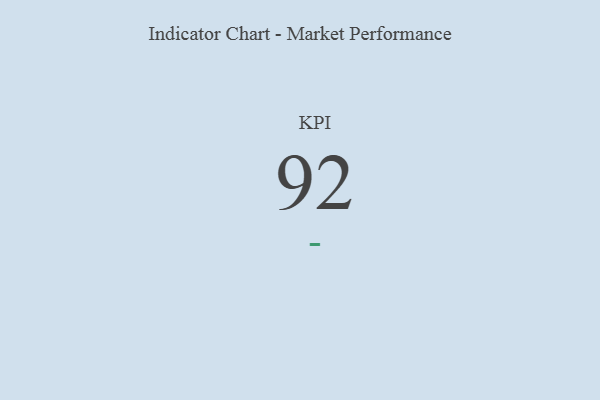
{"axis": {"x": "KPI", "y": "Value"}, "legend": [""], "data": [{"x": "KPI", "y": 92, "type": ""}]}